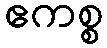
ဧကစ္စ